Medical and sanitary report of the native army of Bengal for the year
Year: 1877
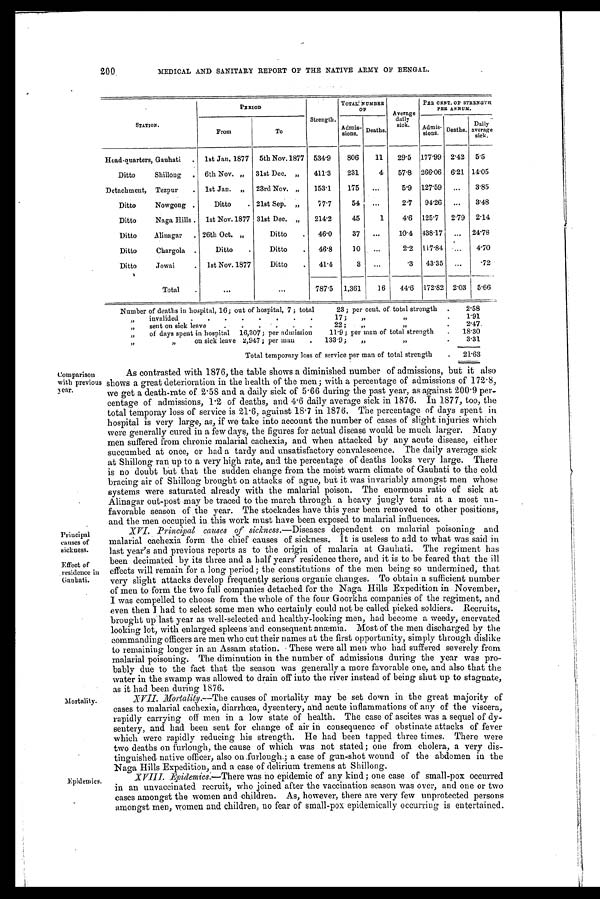
Comparison
with previou
s year.
Principal
causes of
sickness.
Effect of
residence in
Gauhati.
Mortality.
Epidemics.
200
MEDICAL AND SANITARY REPORT OF THE NATIVE ARMY OF BENGAL.
STATION.
PERIOD
Strength.
TOTAL NUMBER
OF
Average
daily
sick.
PER CENT. OF STRENGTH
PER ANNUM.
From
To
A dmis-
sions. Deaths.
Admis-
sions. Deaths.
Daily
average
sick.
Head-quarters, Gauhati
. 1st Jan. 1877
5th Nov. 1877 534.9
806
11
29.5
177.99 2.42
5.5
Ditto
Shillong
.
6th Nov. „
31st Dec. „
411.3
231
4
57.8 266.06
6.21 14.05
Detachment, Tezpur
.
1st Jan.
„
23rd Nov. „
153.1
175
...
5.9 127.59
...
3.85
Ditto
Nowgong .
Ditto
. 21st Sep.
„
7 7 . 7
54
...
2.7
94.26
...
3.48
Ditto
Naga Hills .
1st Nov. 1877 31st Dec. „
214.2
45
1
4.6
125.7
2.79
2.14
Ditto
Alinagar
. 26th Oct. „
Ditto
.
46.0
37
...
10.4
438.17
...
24.78
Ditto
Chargola .
Ditto
.
Ditto
.
46.8
10 ...
2.2
117.84
...
4.70
Ditto
Jowai
. 1st Nov. 1877
Ditto
.
41.4
3
...
.3
43.35
...
.72
Total
.
...
...
787.5
1,361
16
44.6
172.82 2.03
5.66
Number of deaths in hospital, 16; out of hospital, 7; total
23; per cent. of total strength
.
2.58
„
invalided
.
.
.
.
.
.
.
.
17 ;
„ „
.
1.91
„
sent on sick leave
.
.
.
.
.
.
22 ;
„
„
.
2.47
„
of days spent in hospital
16,307; per admission
11.9; per man of total strength
.
18.30
„ „
on sick leave 2,947; per man
. 133.9;
„
„
.
3.31
Total temporary loss of service per man of total strength
. 21.63
As contrasted with 1876, the table shows a diminished number of admissions, but it also
shows a great deterioration in the health of the men; with a percentage of admissions of 172.8,
we get a death-rate of 2.58 and a daily sick of 5.66 during the past year, as against 200.9 per-
centage of admissions, 1.2 of deaths, and 4.6 daily average sick in 1876. In 1877, too, the
total temporay loss of service is 21.6, against 18.7 in 1876. The percentage of days spent in
hospital is very large, as, if we take into account the number of cases of slight injuries which
were generally cured in a few days, the figures for actual disease would be much larger. Many
men suffered from chronic malarial cachexia, and when attacked by any acute disease, either
succumbed at once, or had a tardy and unsatisfactory convalescence. The daily average sick
at Shillong ran up to a very high rate, and the percentage of deaths looks very large. There
is no doubt but that the sudden change from the moist warm climate of Gauhati to the cold
bracing air of Shillong brought on attacks of ague, but it was invariably amongst men whose
systems were saturated already with the malarial poison. The enormous ratio of sick at
Alinagar out-post may be traced to the march through a heavy jungly terai at a most un-
favorable season of the year. The stockades have this year been removed to other positions,
and the men occupied in . this work must have been exposed to malarial influences.
XVI. Principal causes of sickness.— Diseases dependent on malarial poisoning and
malarial cachexia form the chief causes of sickness. It is useless to add to what was said in
last year's and previous reports as to the origin of malaria at Gauhati. The regiment has
been decimated by its three and a half years' residence there, and it is to be feared that the ill
effects will remain for a long period; the constitutions of the men being so undermined, that
very slight attacks develop frequently serious organic changes. To obtain a sufficient number
of men to form the two full companies detached for the Naga Hills Expedition in November,
I was compelled to choose from the whole of the four Goorkha companies of the regiment, and
even then I had to select some men who certainly could not be called picked soldiers. Recruits,
brought uplast year as well-selected and healthy-looking men, had become a weedy, enervated
looking lot, with enlarged spleens and consequent anæmia. Most of the men discharged by the
commanding officers are men who cut their names at the first opportunity, simply through dislike
to remaining longer in an Assam station. These were all men who had suffered severely from
malarial poisoning. The diminution in the number of admissions during the year was pro
bably due to the fact that the season was generally a more favorable one, and also that the
water in the swamp was allowed to drain off into the river instead of being shut up to stagnate,
as it had been during 1876.
XVII. Mortality.—The causes of mortality may be set down in the great majority of
cases to malarial cachexia, diarrhœa, dysentery, and acute inflammations of any of the viscera,
rapidly carrying off men in a low state of health, The case of ascites was a sequel of dy-
sentery, and had been sent for change of air in consequence of obstinate attacks of fever
which were rapidly reducing his strength. He had been tapped three times. There were
two deaths on furlough, the cause of which was not stated; one from cholera, a very dis-
tinguished. native officer, also on furlough.; a case of gun-shot wound of the abdomen in the
Naga Hills Expedition, and a case of delirium tremens at Shillong.
XVIII. Epidemics.—There was no epidemic of any kind; one case of small-pox occurred
in an unvaccinated recruit, who joined after the vaccination season was over, and one or two
cases amongst the women and children. As, however, there are very few unprotected persons
amongst men, women and children, no fear of small-pox epidemically occurring is entertained,